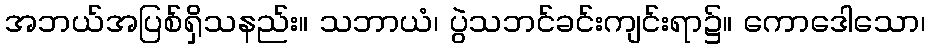
အဘယ်အပြစ်ရှိသနည်း။ သဘာယံ၊ ပွဲသဘင်ခင်းကျင်းရာ၌။ ကောဒေါသော၊